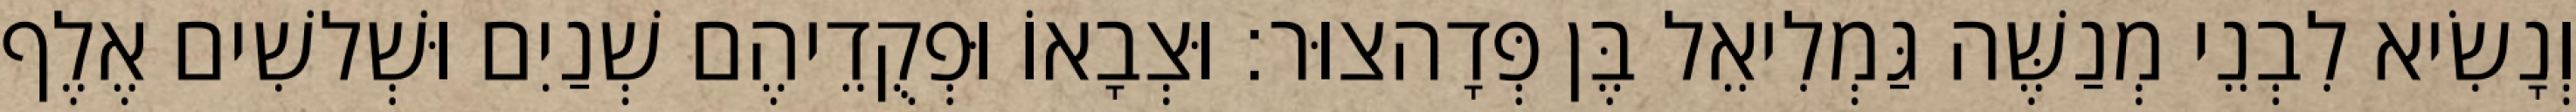
וְנָשִׂיא לִבְנֵי מְנַשֶּׁה גַּמְלִיאֵל בֶּן פְּדָהצוּר׃ וּצְבָאוֹ וּפְקֻדֵיהֶם שְׁנַיִם וּשְׁלשִׁים אֶלֶף